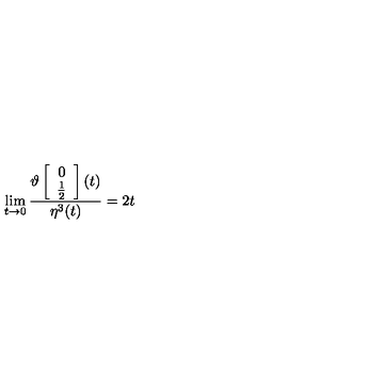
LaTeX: \lim _ { t \rightarrow 0 } \frac { \vartheta \left[ \begin{array} { c } { 0 } \\ { \frac { 1 } { 2 } } \\ \end{array} \right] ( t ) } { \eta ^ { 3 } ( t ) } = 2 t